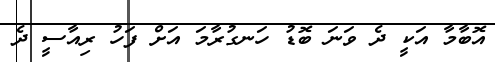
އޮބާމާ އަކީ ދެ ވަނަ ބޮޑު ހަނގުރާމަ އަށް ފަހު ރިއާސީ ދެ